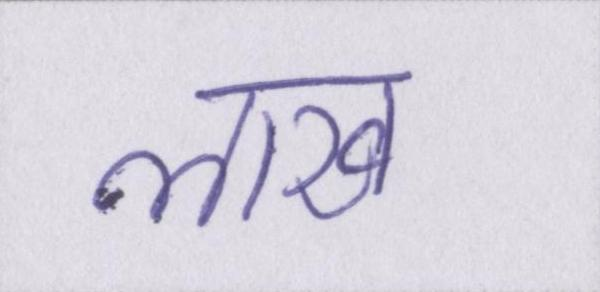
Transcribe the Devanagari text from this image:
लाख